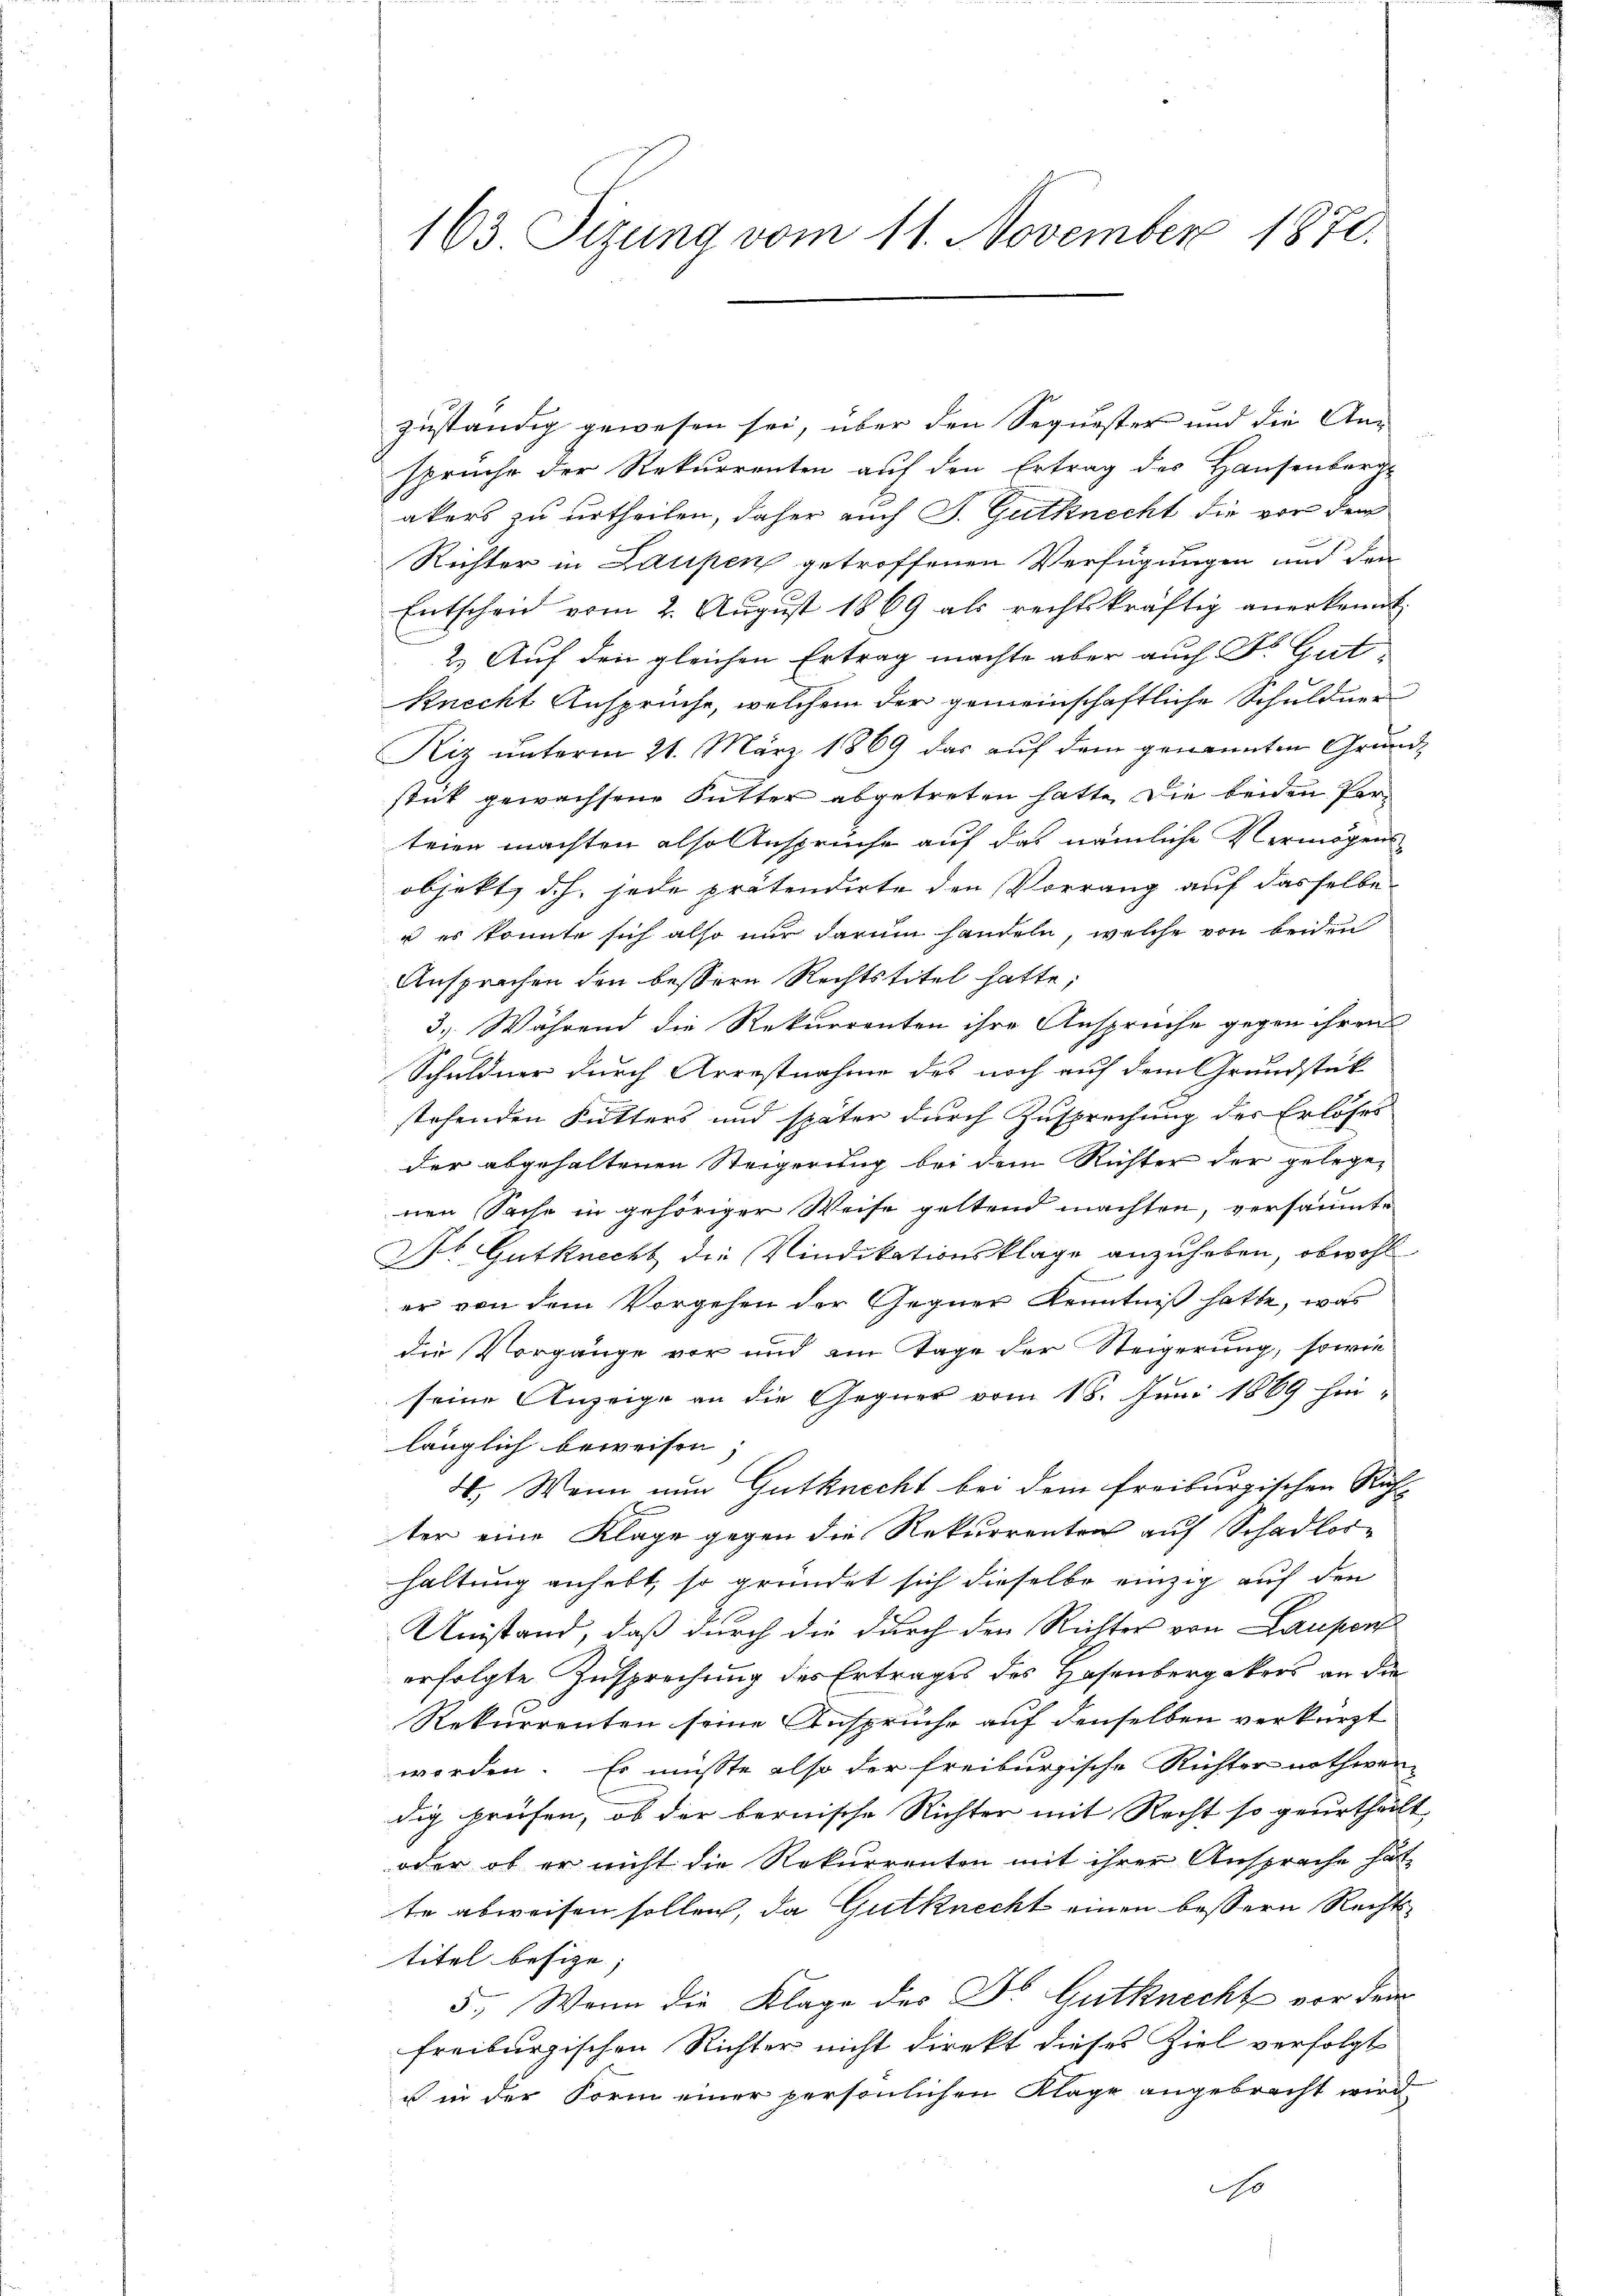
163. Tizung vom 11. November 1870.

zuständig gewesen sei, über den Sequester und die An-
sprüche der Rekurrenten auf den Ertrag des Hausenberg-
akers zu urtheilen, daher auch J. Gutknecht die vor dem
Richter in Laupen getroffenen Verfügungen und den
Entscheid vom 2. Aŭgŭst 1869 als rechtskräftig anerkannt.
2.) Auf den gleichen Ertrag machte aber auch Dr. Gut
Knecht Ansprüche, welchem der gemeinschaftliche Schuldner
Kiz unterm 21. März 1869 das auf dem genannten Grund-
stick gewachsene Futter abgetreten hatte. Die beiden Perteien machten also Ansprüche auf das nämliche Vermögens
objekt, d.h. jede prätendirte den Vorrang auf dasselbe
u es konnte sich also nur darum handeln, welche von beiden
Ansprachen den bessern Rechtstitel hatte;
3.) Während die Rekurrenten ihre Ansprüche gegen ihren
Schuldner durch Arrestnahme des noch auf dem Grundstück
stehenden Futters und später durch Zusprechung der Erlöses
der abgehaltenen Steigerung bei dem Richter der gelegen
nen Sache in gehöriger Weise geltend machten, versäumte
Dr. Gutknecht die Vindikationsklage anzuheben, obwohl
er von dem Vorgehen der Gegner Kenntniß hatte, was
die Vorgänge vor und im Tage der Steigerung, sowie
seine Anzeige an die Gegner vom 18. Juni 1869 hin-
länglich beweisen;
4. Wenn nun Gutknecht bei dem freiburgischen Richter eine Klage gegen die Rekurrenten auf Schadloshaltung anhebt, so gründet sich dieselbe einzig auf den
Umstand, daß durch die durch den Richter von Laupen
erfolgte Zusprechung des Ertrages des Hasenbergekers an die
Rekurrenten seine Ansprüche auf denselben verkürzt
worden. Es müsste also der freiburgische Richter nothwen-
dig prüfen, ob der bernische Richter mit Recht so geurtheilt,
oder ob er nicht die Rekurrenten mit ihrer Anspreche hät
te abweisen sollen, da Gutknecht einen bessern Rechtstitel besize; |
5.) Wenn die Klage des Dr. Gutknecht vor dem
freiburgischen Richter nicht direkt dieses Ziel verfolgt
u in der Form einer persönlichen Klage angebracht wird
o